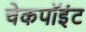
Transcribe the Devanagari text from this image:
चेकपॉइंट